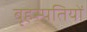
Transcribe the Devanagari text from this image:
बृहस्पतियों